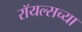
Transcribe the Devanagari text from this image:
रॉयल्सच्या